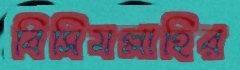
বিসিমল্লাহির